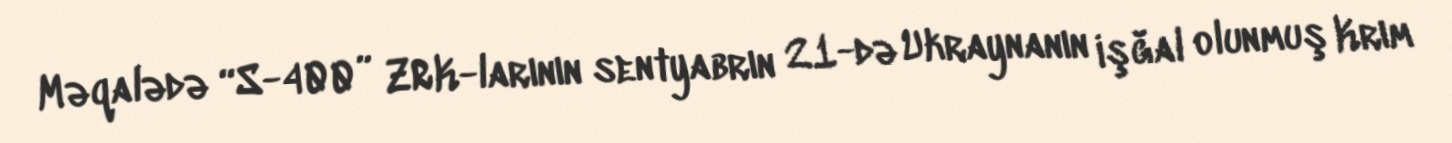
Məqalədə “S-400” ZRK-larının sentyabrın 21-də Ukraynanın işğal olunmuş Krım